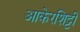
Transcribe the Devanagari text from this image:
आकेरशिट्टी